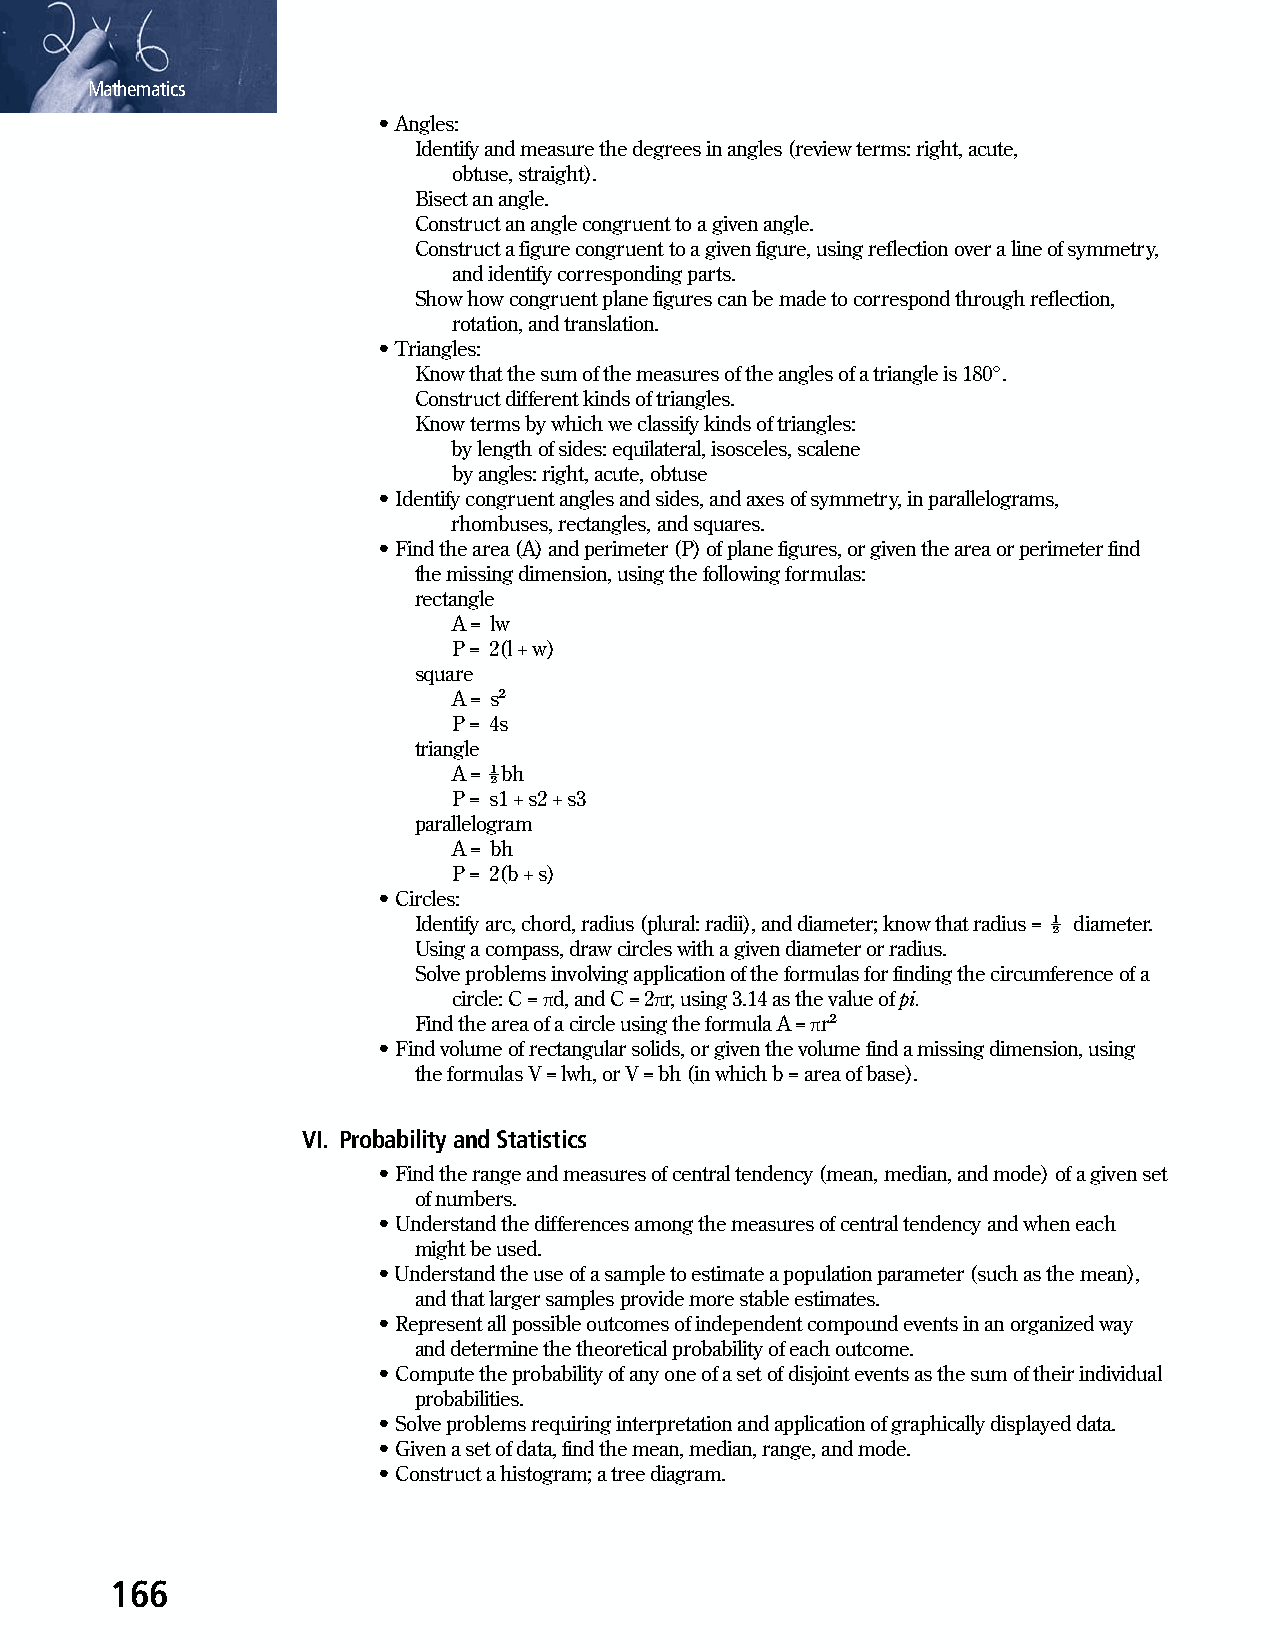
Mathematics
 • Angles:
 Identify and measure the degrees in angles (review terms: right, acute,
 obtuse, straight).
 Bisect an angle.
 Construct an angle congruent to a given angle.
 Construct a figure congruent to a given figure, using reflection over a line of symmetry,
 and identify corresponding parts.
 Show how congruent plane figures can be made to correspond through reflection,
 rotation, and translation.
 • Triangles:
 Know that the sum of the measures of the angles of a triangle is 180°.
 Construct different kinds of triangles.
 Know terms by which we classify kinds of triangles:
 by length of sides: equilateral, isosceles, scalene
 by angles: right, acute, obtuse
 • Identify congruent angles and sides, and axes of symmetry, in parallelograms,
 rhombuses, rectangles, and squares.
 • Find the area (A) and perimeter (P) of plane figures, or given the area or perimeter find
 the missing dimension, using the following formulas:
 rectangle
 A = lw
 P = 2(l + w)
 square
 A = s2
 P = 4s
 triangle
 A = ½ bh
 P = s1 + s2 + s3
 parallelogram
 A = bh
 P = 2(b + s)
 • Circles:
 Identify arc, chord, radius (plural: radii), and diameter; know that radius = ½ diameter.
 Using a compass, draw circles with a given diameter or radius.
 Solve problems involving application of the formulas for finding the circumference of a
 circle: C = πd, and C = 2πr, using 3.14 as the value of pi.
 Find the area of a circle using the formula A = πr2
 • Find volume of rectangular solids, or given the volume find a missing dimension, using
 the formulas V = lwh, or V = bh (in which b = area of base).
 VI. Probability and Statistics
 • Find the range and measures of central tendency (mean, median, and mode) of a given set
 of numbers.
 • Understand the differences among the measures of central tendency and when each
 might be used.
 • Understand the use of a sample to estimate a population parameter (such as the mean),
 and that larger samples provide more stable estimates.
 • Represent all possible outcomes of independent compound events in an organized way
 and determine the theoretical probability of each outcome.
 • Compute the probability of any one of a set of disjoint events as the sum of their individual
 probabilities.
 • Solve problems requiring interpretation and application of graphically displayed data.
 • Given a set of data, find the mean, median, range, and mode.
 • Construct a histogram; a tree diagram.
 166